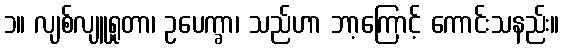
၁။ လျစ်လျူရှုတာ၊ ဥပေက္ခာ၊ သည်ဟာ ဘာ့ကြောင့် ကောင်းသနည်း။